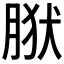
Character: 𰮩